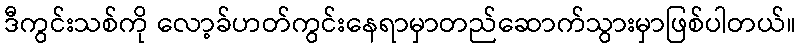
ဒီကွင်းသစ်ကို လော့ခ်ဟတ်ကွင်းနေရာမှာတည်ဆောက်သွားမှာဖြစ်ပါတယ်။